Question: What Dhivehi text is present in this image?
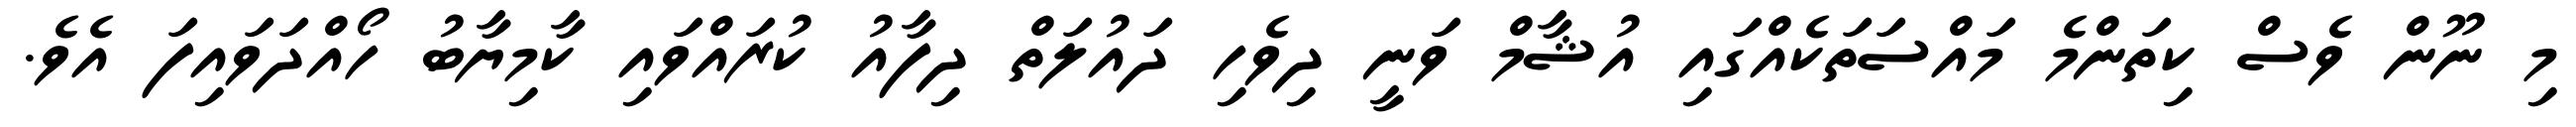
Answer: މި ނޫން ވެސް ކިތަންމެ މައްސަތަކެއްގައި އުޝާމް ވަނީ ދިވެހި ދައުލަތް ދިފާއު ކުރައްވައި ކާމިޔާބު ހޯއްދަވައިފަ އެވެ.